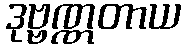
ဒုဗ္ဗဏ္ဏတာယ